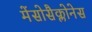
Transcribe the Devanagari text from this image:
मेंसोसैक्लोनेस